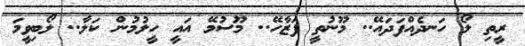
ރީތި ލޯ ހަނދެއްފަދައޭ.. މޫނުތީ ފަޒާހޭ.. މޫސުމޭ އައީ ހީލުމުން ކަލާ.. ލޯބިވީމަ